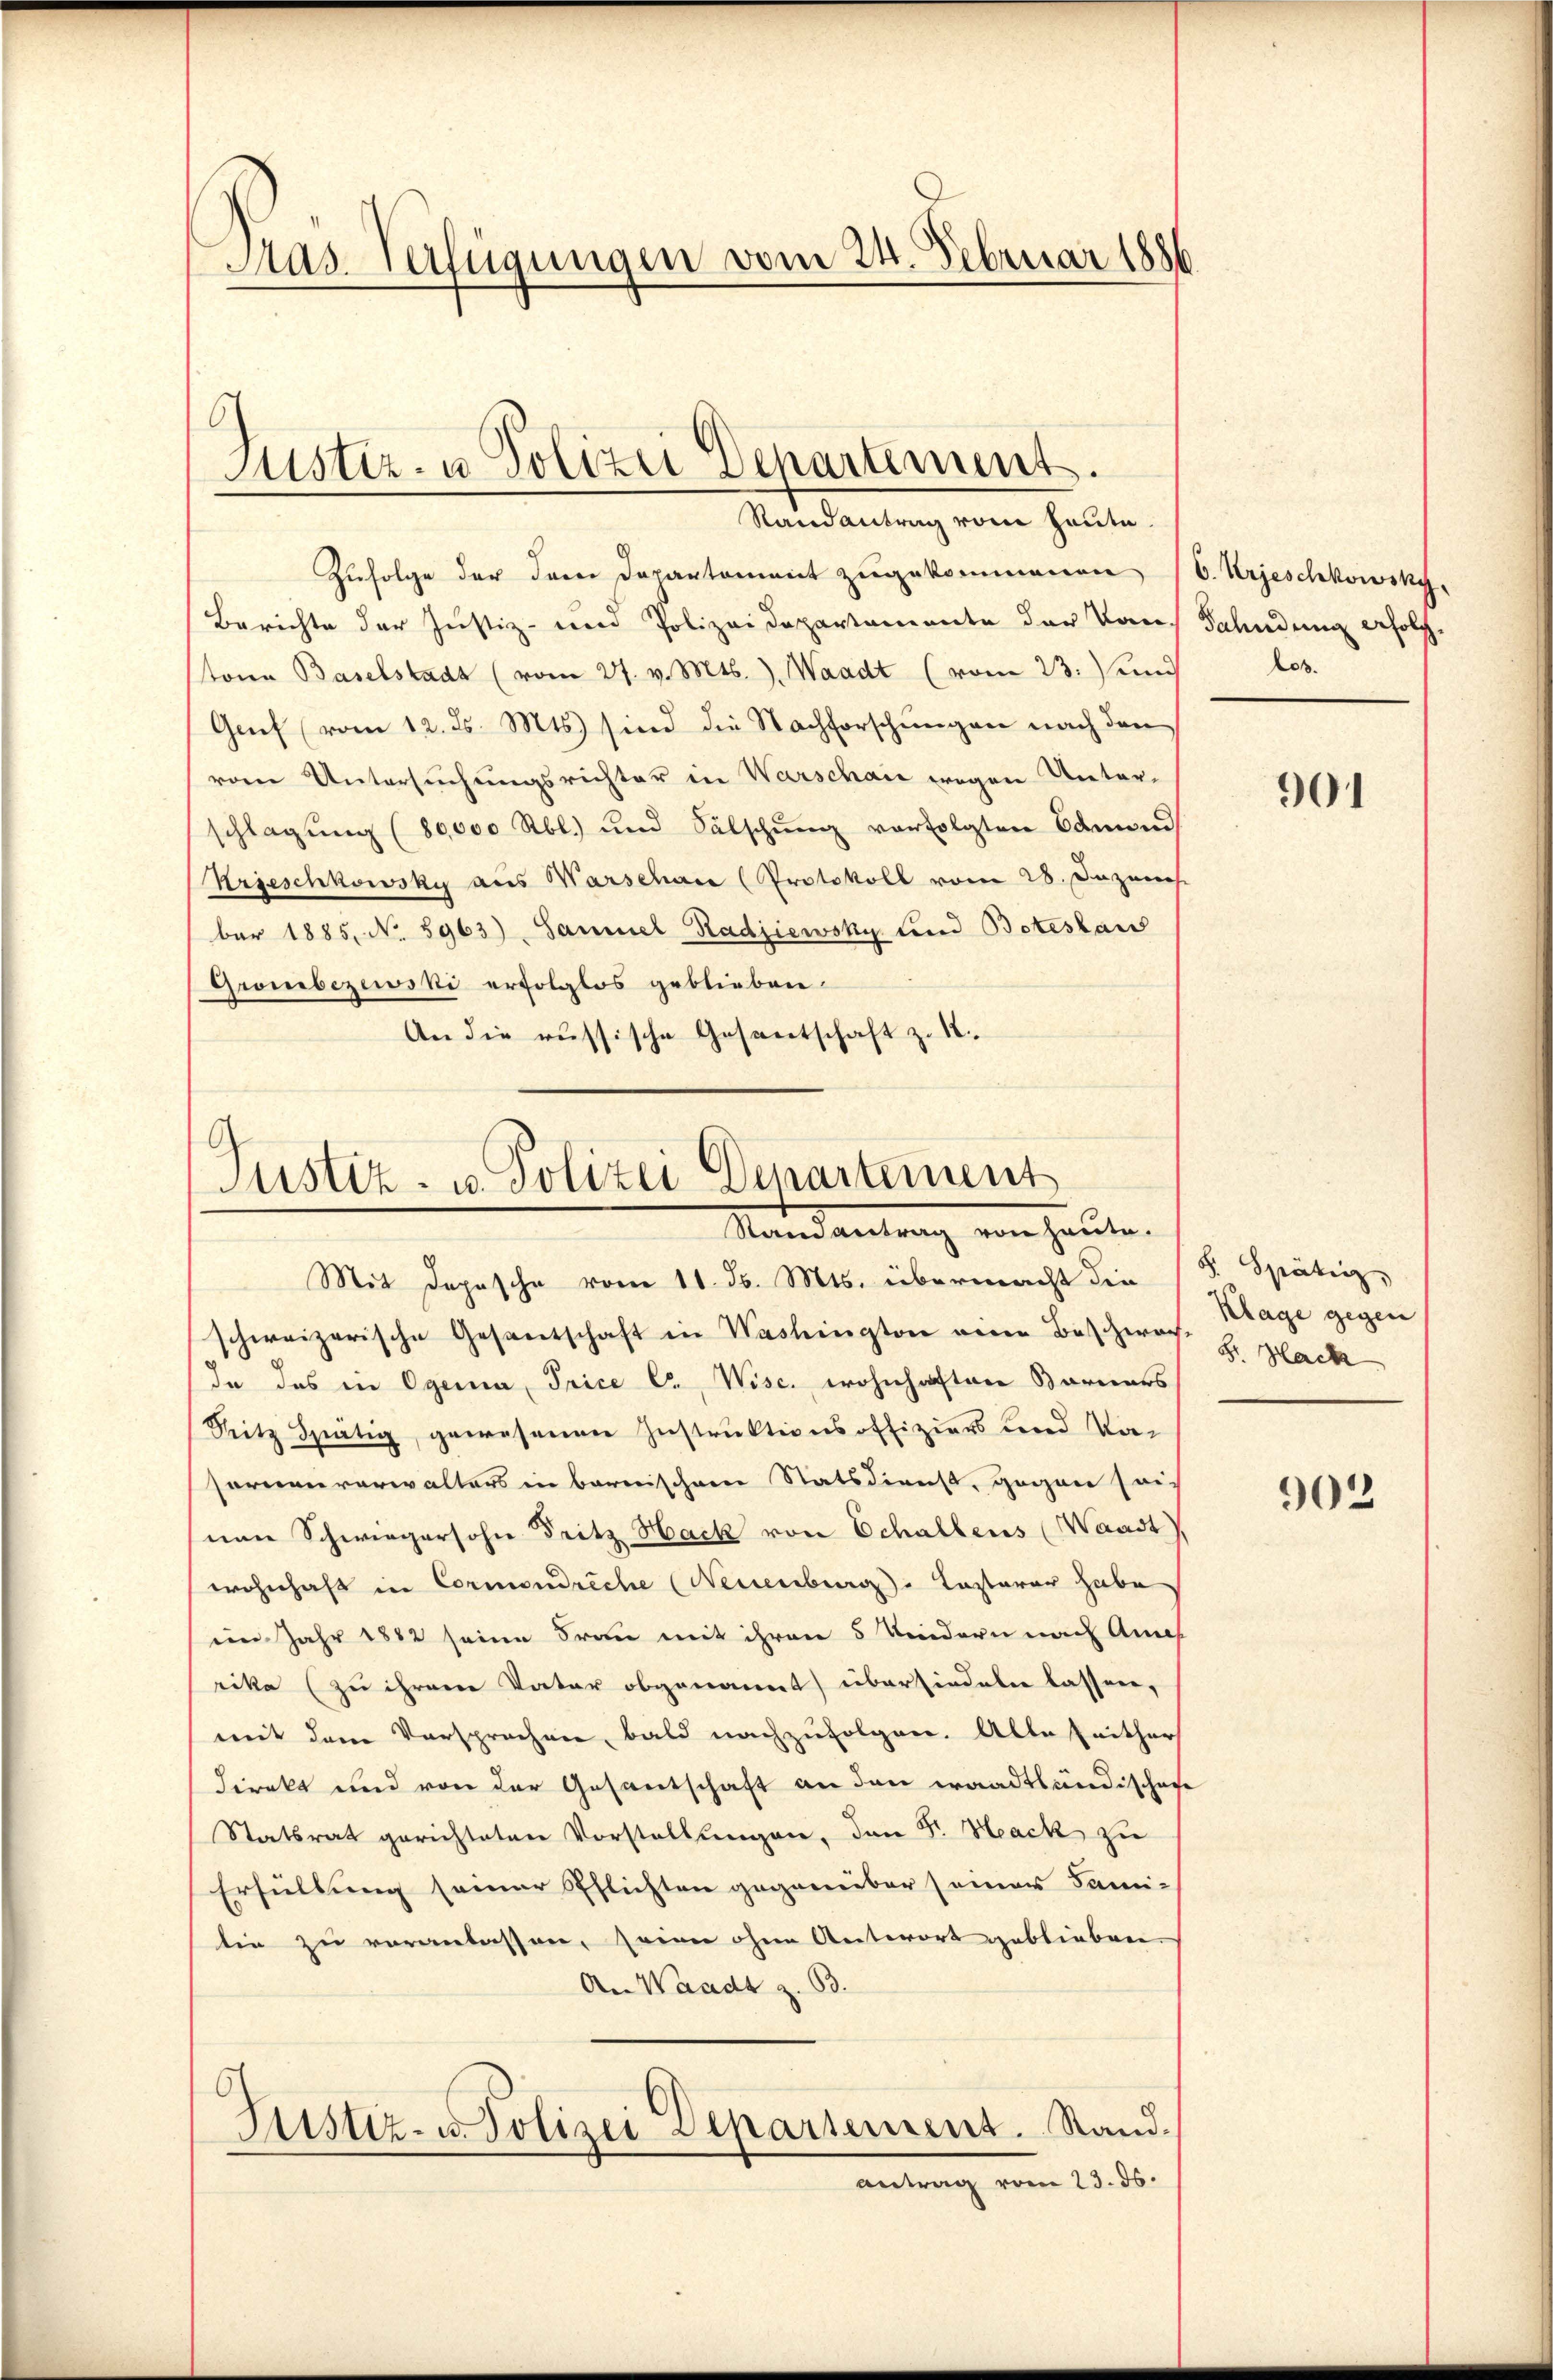
Mas- Verfügungen vom 24. Februar 1886

Justiz- u. Polizei Departement.
Randantrag vom Heute.

Zufolge der dem Departement zugekommenen (C. Urjeschkowsky,
Berichte der Justiz- und Polizeidepartamente der aus Fahndung erfolgstone Baselstadt (vom 27. v. Mts.), Waadt (vom 23.) und
Genf (vom 12. ds. Mts.) sind die Nachforschungen nach den
vom Untersuchungsrichter in Warschaić wegen Unterschlagung (80,000 Rbl. und Sälschŭng verfolgten Bamand
Krieschkowsky aus Warschan (Protokoll vom 28. Dezeich
ber 1885, No. 5963), Samuel Radjiewsky und Botestaus
Grombezewski erfolglos geblieben.
An die russische Gesantschaft z. B.

Justiz- u. Polizei Departement
Randantrag von heute.

Mit Depesche vom 11. ds. Mts. übermacht die
schweizerische Gesandschaft in Washington eine Beschwachde das in Ogenia, Price C. Wisc. wohnhaften Borners
Sitz Spätig, gewesenen Instruktionsoffiziers Ferd Vor-
sarmenverwalters in bernischen Statsdienst, gegen seinen Schwiegersohn Fritz Hack von Echallens (Waadt,
wohnhaft in Cormendreche (Neuenburg. Kastarer habe
im Jahr 1882 seine Frau mit ihren 5 Kindern nach An
rike (zu ihrem Vater obgenannt) übersiedeln lassen,
mit dem Versprochen, bald nachzufolgen. Alle Zeither
direkt und von der Gesantschaft an den waadtländischafe
Statsrat gerichteten Vorstellungen, den Sr. Hack zu
Erfüllung seiner Pflichten gegenüber seiner Fami-
lin zu veranlassen, seine ohne Antwort geblieben.
An Waadt z. B.
Justiz- u. Polizei Departement. Stand.
Antrag vom 23. ds.

los.

901

F. Spätig
Klage gegen
Sr. Hack

902